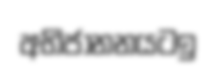
අභිජානනයටඉ